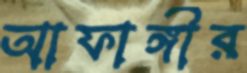
আফাঙ্গীর